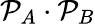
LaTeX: \mathcal{P}_{A}\cdot\mathcal{P}_{B}